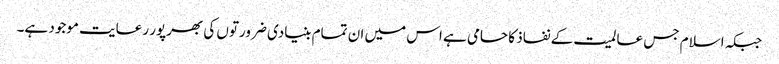
جبکہ اسلام جس عالمیت کے نفاذ کا حامی ہے اس میں ان تمام بنیادی ضرورتوں کی بھرپور رعایت موجود ہے۔